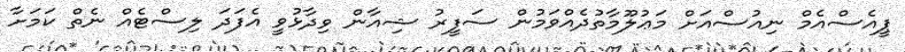
ޕީއެސްއެމް ނިއުސްއަށް މަޢުލޫމާތުދެއްވަމުން ސަފީރު ޝިއާން ވިދާޅުވީ އެފަދަ ލިސްޓެއް ނެތް ކަމަށާ